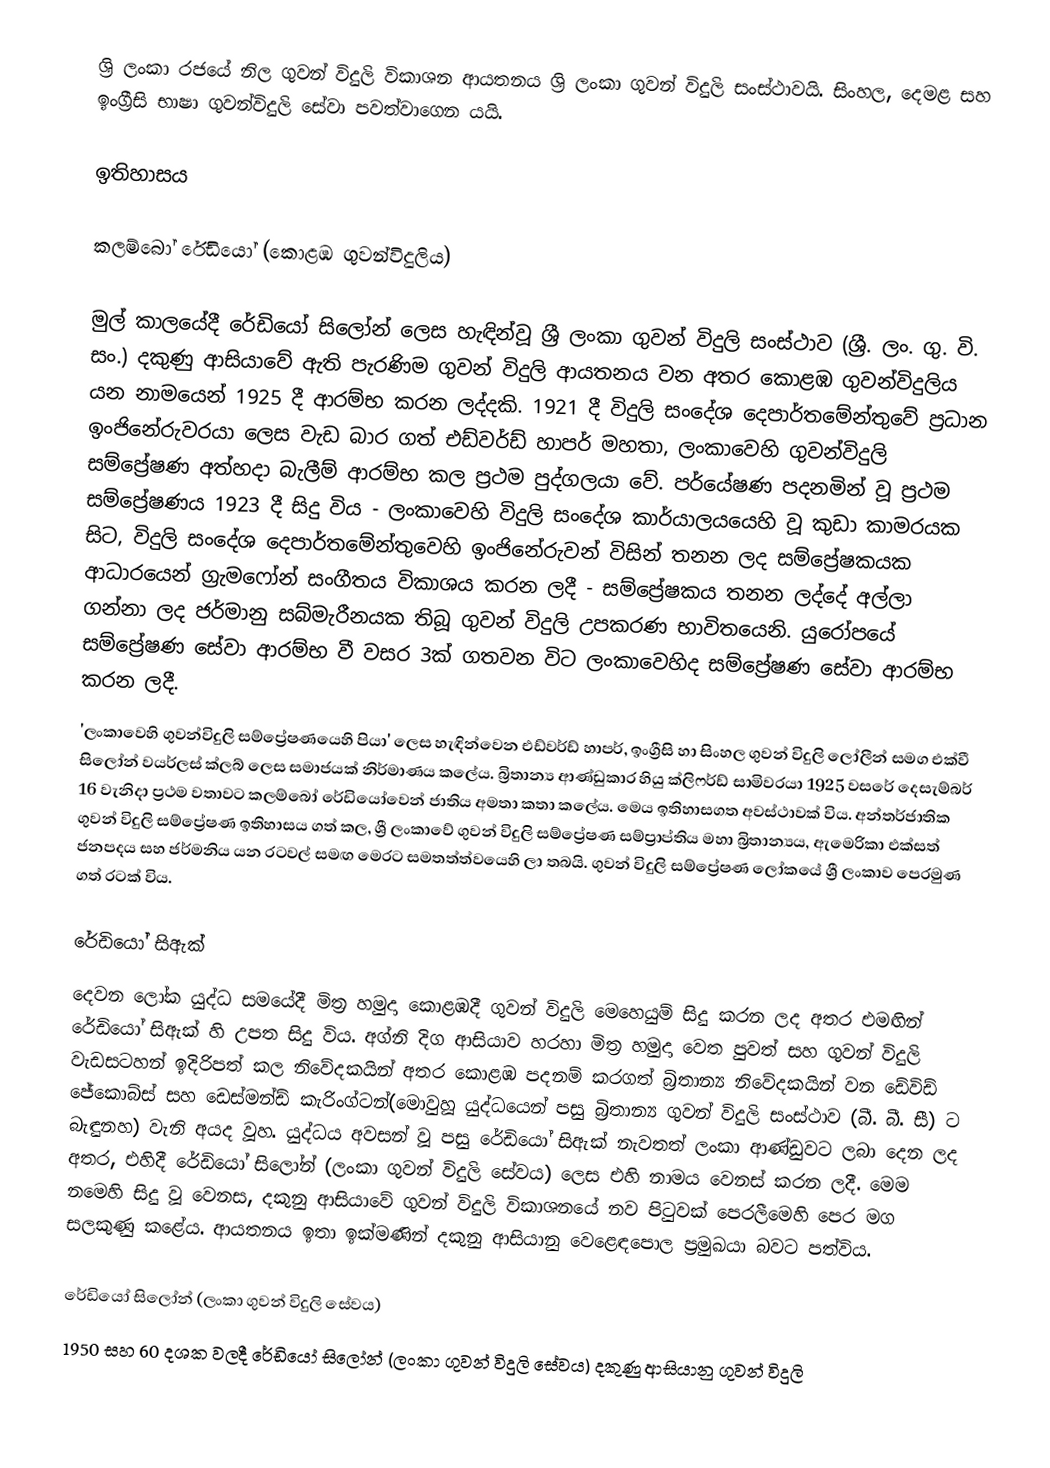
ශ්‍රි ලංකා රජයේ නිල ගුවන් විදුලි විකාශන ආයතනය ශ්‍රි ලංකා ගුවන් විදුලි සංස්ථාවයි. සිංහල, දෙමළ සහ ඉංග්‍රීසි භාෂා ගුවන්විදුලි සේවා පවත්වාගෙන යයි.

ඉතිහාසය

කලම්බෝ රේඩියෝ (කොළඹ ගුවන්විදුලිය)

මුල් කාලයේදී රේඩියෝ සිලෝන් ලෙස හැඳින්වූ ශ්‍රී ලංකා ගුවන් විදුලි සංස්ථාව (ශ්‍රී. ලං. ගු. වි. සං.) දකුණු ආසියාවේ ඇති පැරණිම ගුවන් විදුලි ආයතනය වන අතර කොළඹ ගුවන්විදුලිය යන නාමයෙන් 1925 දී ආරම්භ කරන ලද්දකි. 1921 දී  විදුලි සංදේශ දෙපාර්තමේන්තුවේ ප්‍රධාන ඉංජිනේරුවරයා ලෙස වැඩ බාර ගත්  එඩ්වර්ඩ් හාපර් මහතා, ලංකාවෙහි  ගුවන්විදුලි සම්ප්‍රේෂණ අත්හදා බැලීම් ආරම්භ කල ප්‍රථම පුද්ගලයා වේ. පර්යේෂණ පදනමින් වූ ප්‍රථම සම්ප්‍රේෂණය 1923 දී සිදු විය - ලංකාවෙහි විදුලි සංදේශ කාර්යාලයයෙහි වූ කුඩා කාමරයක සිට,  විදුලි සංදේශ දෙපාර්තමේන්තුවෙහි ඉංජිනේරුවන් විසින් තනන ලද සම්ප්‍රේෂකයක  ආධාරයෙන් ග්‍රැමෆෝන් සංගීතය විකාශය කරන ලදී - සම්ප්‍රේෂකය තනන ලද්දේ අල්ලා ගන්නා ලද ජර්මානු සබ්මැරීනයක තිබූ ගුවන් විදුලි උපකරණ භාවිතයෙනි. යුරෝපයේ සම්ප්‍රේෂණ සේවා ආරම්භ වී වසර 3ක් ගතවන විට ලංකාවෙහිද සම්ප්‍රේෂණ සේවා ආරම්භ කරන ලදී.
'ලංකාවෙහි‍  ‍ගුවන්විදුලි සම්ප්‍රේෂණයෙහි පියා' ලෙස හැඳින්වෙන එඩ්වර්ඩ් හාපර්, ඉංග්‍රීසි හා සිංහල  ගුවන් විදුලි ලෝලීන් සමග එක්වී සිලෝන් වයර්ලස් ක්ලබ් ලෙස සමාජයක් නිර්මාණය කලේය. බ්‍රිතාන්‍ය ආණ්ඩුකාර හියු ක්ලිෆර්ඩ් සාමිවරයා  1925 වසරේ දෙසැම්බර් 16 වැනිදා ප්‍රථම වතාවට කලම්බෝ රේඩියෝවෙන් ජාතිය අමතා කතා කලේය. මෙය ඉතිහාසගත අවස්ථාවක් විය. අන්තර්ජාතික ගුවන් විදුලි සම්ප්‍රේෂණ ඉතිහාසය ගත් කල, ශ්‍රී ලංකාවේ ගුවන් විදුලි සම්ප්‍රේෂණ සම්ප්‍රාප්තිය මහා බ්‍රිතාන්‍යය, ඇමෙරිකා එක්සත් ජනපදය සහ ජර්මනිය යන රටවල් සමඟ මෙරට සමතත්ත්වයෙහි ලා තබයි. ගුවන් විදුලි සම්ප්‍රේෂණ ලෝකයේ ශ්‍රී ලංකාව පෙරමුණ ගත් රටක් විය.

රේඩියෝ සිඇක්
දෙවන ලෝක යුද්ධ සමයේදී  මිත්‍ර හමුදා කොළඹදී ගුවන් විදුලි මෙහෙයුම් සිදු කරන ලද අතර එමඟින් රේඩියෝ සිඇක් හි උපත සිදු විය. අග්නි දිග ආසියාව හරහා මිත්‍ර හමුදා වෙත පුවත් සහ ගුවන් විදුලි වැඩසටහන් ඉදිරිපත් කල නිවේදකයින් අතර කොළඹ පදනම් කරගත් බ්‍රිතාන්‍ය නිවේදකයින් වන ඩේවිඩ් ජේකොබ්ස් සහ ඩෙස්මන්ඩ් කැරිංග්ටන්(මොවුහූ යුද්ධයෙන් පසු බ්‍රිතාන්‍ය ගුවන් විදුලි සංස්ථාව (බී. බී. සී) ට බැඳුනහ)  වැනි අයද වූහ. යුද්ධය අවසන් වූ පසු රේඩියෝ සිඇක් නැවතත් ලංකා ආණ්ඩුවට ලබා දෙන ලද අතර,  එහිදී රේඩියෝ සිලෝන් (ලංකා ගුවන් විදුලි සේවය) ලෙස එහි නාමය වෙනස් කරන ලදී. මෙම නමෙහි සිදු වූ වෙනස, දකුනු ආසියාවේ ගුවන් විදුලි විකාශනයේ නව පිටුවක් පෙරලීමෙහි පෙර මග සලකුණු කළේය. ආයතනය ඉතා ඉක්මණින් දකුනු ආසියානු වෙළෙඳපොල ප්‍රමුඛයා බවට පත්විය.

රේඩියෝ සිලෝන් (ලංකා ගුවන් විදුලි සේවය)
1950 සහ 60 දශක වලදී රේඩියෝ සිලෝන්   (ලංකා ගුවන් විදුලි සේවය) දකුණු ආසියානු ගුවන් විදුලි